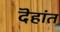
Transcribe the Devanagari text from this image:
दॆहांत